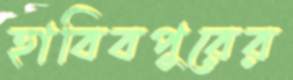
হাবিবপুরের